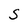
Character: S